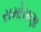
રામોસણા